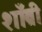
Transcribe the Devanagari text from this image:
शाँब्री